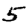
Digit: 5